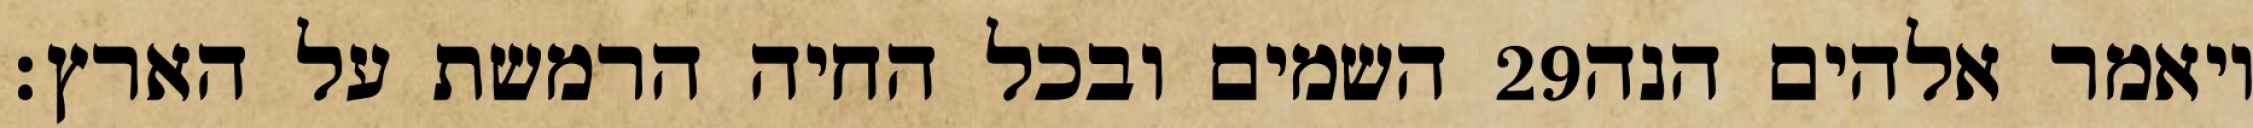
השמים ובכל החיה הרמשת על הארץ׃ ‎29‏ ויאמר אלהים הנה